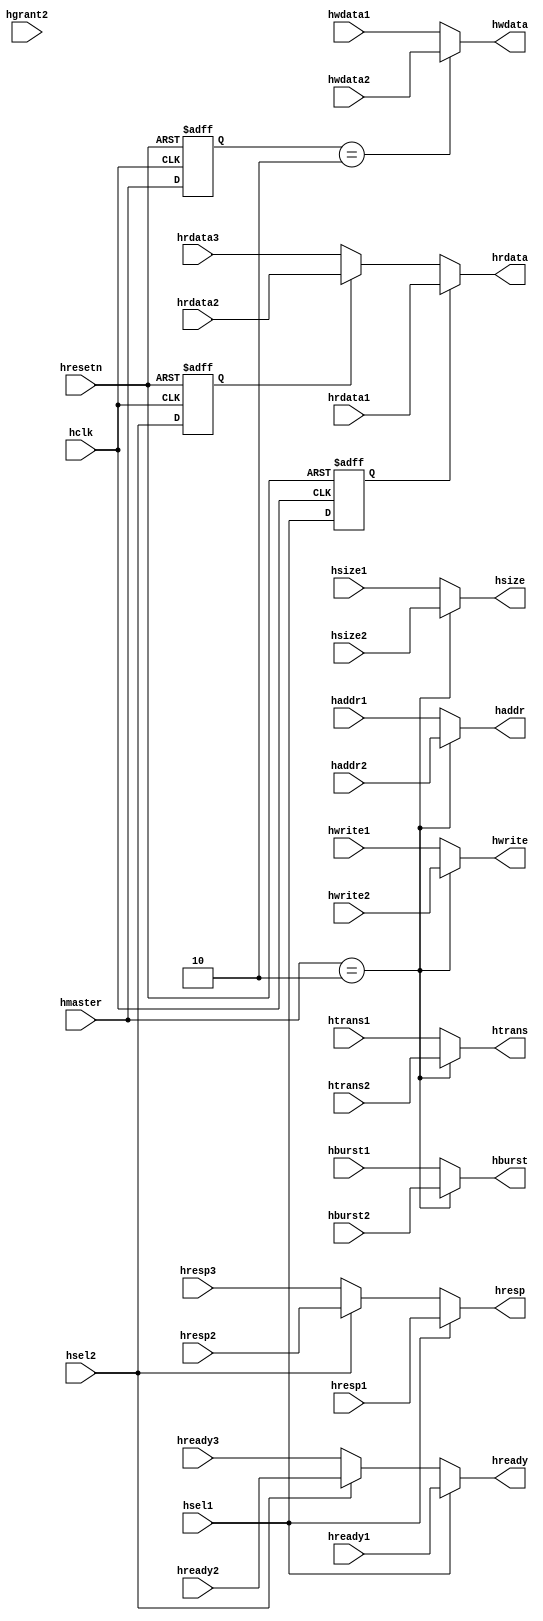
/*==============================================================================*/
// This confidential and proprietary software may be used only as authorized by 
// a licensing agreement from Arasan Chip Systems Inc.                          
// IN the event of publication the following notice is applicable              
//                                                                              
// Copyright (c) 2014 Arasan Chip Systems Inc. All Rights Reserved              
//                                                                              
// The entire notice above must be reproduced on all authorized copies          
// 
// Version     : v1p2
// Abstract    : This model acts as write/read control signals mux and 
//               write/read data signals mux
//
// Modification History
// Date     By    Version                             Change Description
/*==============================================================================


================================================================================*/
//Release Name                              : Date(DD/MM/YYYY)
//RELEASE_CSI2TX_8DL_1CL_AHB_v1p3_140627    : 27/06/2014
//==============================================================================*/
`timescale 1 ps / 1 ps

module csi2tx_ahb_mux_mod
    (
      //INPUTS SIGNALS
      input                        hclk                                        , // ALL SIGNAL TIMINGS ARE RELATED TO THE RISING EDGE OF HCLK
      input                        hresetn                                     , // AHB ACTIVE LOW RESET
      input                        hwrite1                                     , // WRITE ENABLE SIGNAL FROM THE BUS MASTER 1
      input          [1:0]         htrans1                                     , // TRANSATION TYPE FROM THE BUS MASTER 1
      input          [31:0]        haddr1                                      , // WRITE OR READ ADDRESS FROM THE BUS MASTER 1
      input          [31:0]        hwdata1                                     , // WRITE DATA FROM THE BUS MASTER 1
      input          [2:0]         hsize1                                      , // TRANSFER SIZE FROM THE BUS MASTER 1
      input          [2:0]         hburst1                                     , // TRANSACTION BURST SIZE FROM THE BUS MASTER 1
      input                        hgrant2                                     , // BUS MASTER 2 GRANT ENABLE SIGNAL FROM THE ARBITER
      input                        hwrite2                                     , // WRITE ENABLE SIGNAL FROM THE BUS MASTER 2
      input          [1:0]         htrans2                                     , // TRANSFER TYPE FROM THE BUS MASTER 2
      input          [31:0]        haddr2                                      , // WRITE OR READ ADDRESS FROM THE BUS MASTER 2
      input          [31:0]        hwdata2                                     , // WRITE DATA FROM THE BUS MASTER 2
      input          [2:0]         hsize2                                      , // TRANSFER SIZE FROM THE BUS MASTER 2
      input          [2:0]         hburst2                                     , // TRANSACTION BURST SIZE FROM THE BUS MASTER 2
      input                        hready1                                     , // HIGH INDICATES THE TRANSFER FINISHED ON THE BUS MASTER 1
      input          [1:0]         hresp1                                      , // STATUS INFORMATION FROM THE BUS MASTER 1
      input          [31:0]        hrdata1                                     , // READ DATA FROM THE SLAVE 1
      input                        hready2                                     , // HIGH INDICATES THE TRANSFER FINISHED ON THE BUS MASTER 2
      input          [1:0]         hresp2                                      , // STATUS INFORMATION FROM THE BUS MASTER 2
      input          [31:0]        hrdata2                                     , // READ DATA FROM THE SLAVE 2
      input                        hready3                                     , // HIGH INDICATES THE TRANSFER FINISHED ON THE BUS MASTER 3
      input          [1:0]         hresp3                                      , // STATUS INFORMATION FROM THE SLAVE 3
      input          [31:0]        hrdata3                                     , // READ DATA FROM THE SLAVE 3
      input                        hsel1                                       , // SLAVE 1 SELECT SIGNAL FROM DECODER
      input                        hsel2                                       , // SLAVE 2 SELECT SIGNAL FROM DECODER
      input          [3:0]         hmaster                                     , // MASTER SELECT SIGNAL FROM THE ARBITER

      //OUTPUTS SIGNALS
      output                       hwrite                                      , // WRITE ENABLE SIGNAL FROM THE SELECTED BUS MASTER
      output         [1:0]         htrans                                      , // TRANSACTION TYPE INFORMATION FROM THE SELECTED BUS MASTER
      output         [31:0]        haddr                                       , // READ OR WRITE ENABLE SIGNAL FROM THE SELECTED BUS MASTER
      output         [31:0]        hwdata                                      , // WRITE DATA FROM THE SELECTED BUS MASTER
      output         [2:0]         hsize                                       , // TRANSFER SIZE DEFINED BY THE SELECTED BUS MASTER
      output         [2:0]         hburst                                      , // BURST SIZE DEFINED BY THE SELECTED BUS MASTER
      output                       hready                                      , // TRANSFER STATUS SIGNAL OF THE SELECTED SLAVE
      output         [1:0]         hresp                                       , // STATUS INFORMATION FROM THE SELECTED SLAVE
      output         [31:0]        hrdata                                        // READ DATA FROM THE SELECTED SLAVE
    );
  
 //========================================================//
 //   Internal register signal declaration
 //========================================================//
      
      reg                          sig_hsel1                                   ;
      reg                          sig_hgrant2                                 ;
      reg                          sig_hsel2                                   ;
      reg            [3:0]         sig_hmaster                                 ;
 //========================================================//
 //   Process to delay the hsel1 signal
 //========================================================//

    always @(posedge hclk or negedge hresetn)
      begin
        if (!hresetn)
          sig_hsel1 <= 1'b0;
        else
          sig_hsel1 <= hsel1;
      end
 //========================================================//
 //   Process to delay the hsel2 signal
 //========================================================//  

    always @(posedge hclk or negedge hresetn)
      begin
        if (!hresetn)
          sig_hsel2 <= 1'b0;
        else
          sig_hsel2 <= hsel2;
      end
 //========================================================//
 //   Process to delay the hgrant2 signal
 //========================================================// 

    always @(posedge hclk or negedge hresetn)
      begin
        if (!hresetn)
          sig_hgrant2 <= 1'b0;
        else
          sig_hgrant2 <= hgrant2;
      end
 //========================================================//
 //   Process to delay the hmaster signal
 //========================================================//  

    always @(posedge hclk or negedge hresetn)
      begin
        if (!hresetn)
          sig_hmaster <= 4'b0000;
        else
          sig_hmaster <= hmaster;
      end
 //========================================================//
 //   Concurrent assignments
 //========================================================//  
  
    assign hwrite = (hmaster == 4'b0010 ) ? hwrite2 : hwrite1;
    
    assign htrans = (hmaster == 4'b0010 ) ? htrans2 : htrans1;
    
    assign haddr  = (hmaster == 4'b0010 ) ? haddr2 : haddr1;
    
    assign hwdata = (sig_hmaster == 4'b0010) ? hwdata2 : hwdata1;
    
    assign hsize  = (hmaster == 4'b0010 ) ? hsize2 : hsize1;
    
    assign hburst = (hmaster == 4'b0010 ) ? hburst2 : hburst1;
    
    assign hready = (hsel1 == 1'b1) ? hready1 : ( hsel2 == 1'b1) ? hready2 : hready3;
    
    assign hresp  = (hsel1 == 1'b1) ? hresp1 : (hsel2 == 1'b1) ? hresp2 : hresp3;
    
    assign hrdata = (sig_hsel1 == 1'b1) ? hrdata1 : (sig_hsel2 == 1'b1) ? hrdata2 : hrdata3;
  
endmodule